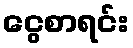
ငွေစာရင်း